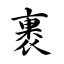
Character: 裹